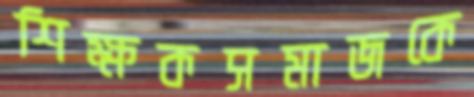
শিক্ষকসমাজকে